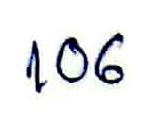
106